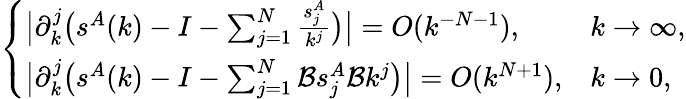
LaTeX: \begin{array}{r}{\left\{ \begin{array}{ll}{\big|\partial_{k}^{j}\big(s^{A}(k)-I-\sum_{j=1}^{N}\frac{s_{j}^{A}}{k^{j}}\big)\big|=O(k^{-N-1}),}&{k\to\infty,}\\ {\big|\partial_{k}^{j}\big(s^{A}(k)-I-\sum_{j=1}^{N}\mathcal{B}s_{j}^{A}\mathcal{B}k^{j}\big)\big|=O(k^{N+1}),}&{k\to 0,}\end{array}\right.}\end{array}